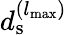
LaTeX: d_{\mathrm{s}}^{({l_{{\mathrm{max}}}})}